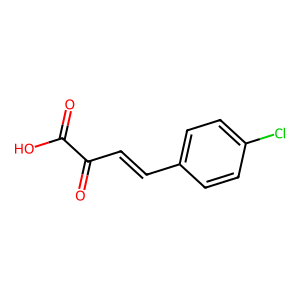
SMILES: O=C(O)C(=O)C=Cc1ccc(Cl)cc1
Inhibits HIV replication: No